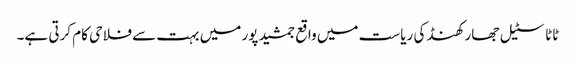
ٹاٹا سٹیل جھارکھنڈ کی ریاست میں واقع جمشید پور میں بہت سے فلاحی کام کرتی ہے۔